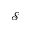
\mathcal { S }